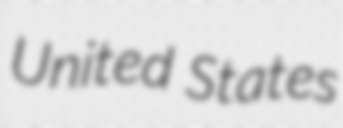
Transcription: United States